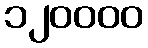
၁၂၀၀၀၀